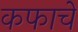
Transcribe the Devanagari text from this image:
कफाचे